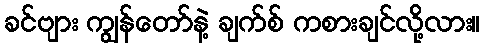
ခင်ဗျား ကျွန်တော်နဲ့ ချက်စ် ကစားချင်လို့လား။